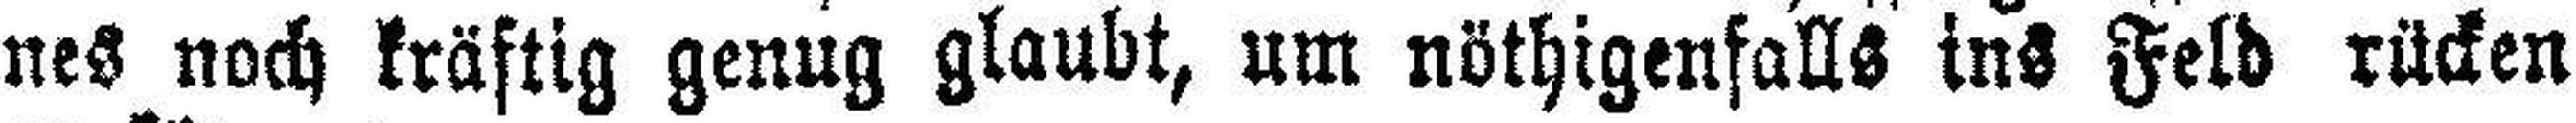
nes noch kräftig genug glaubt, um nöthigenfalls ins Feld rücken